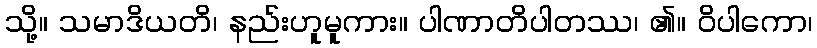
သို့။ သမာဒိယတိ၊ နည်းဟူမူကား။ ပါဏာတိပါတဿ၊ ၏။ ဝိပါကော၊